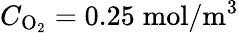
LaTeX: C_{\mathrm{O}_{2}}=0.25\; \mathrm{mol}/\mathrm{m}^{3}